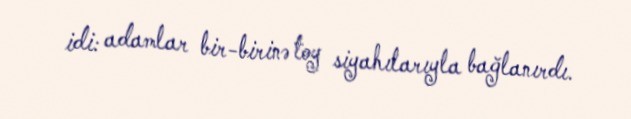
idi: adamlar bir-birinə toy siyahılarıyla bağlanırdı.